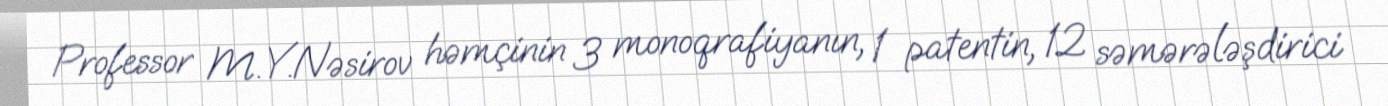
Professor M.Y.Nəsirov həmçinin 3 monoqrafiyanın, 1 patentin, 12 səmərələşdirici